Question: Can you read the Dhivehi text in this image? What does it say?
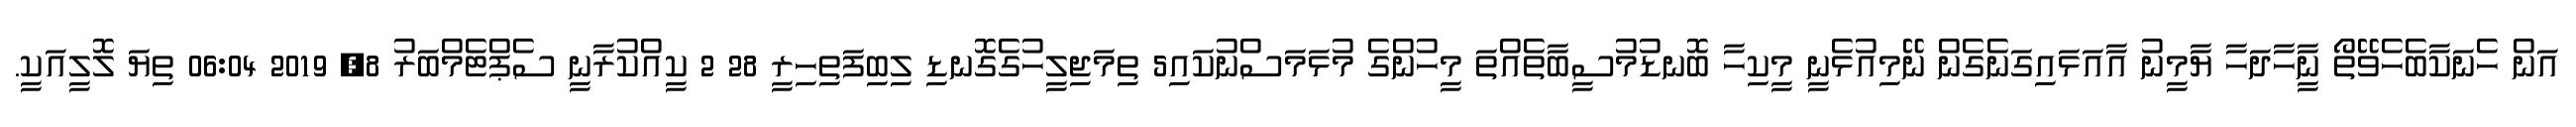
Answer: އަން ހެނަކާބެހެވޭތޯ ނީާހާދަހާ ޔާމީނު އާއަޅައިގަނެގެން ނޭމިއުޅެނީ މީކިހާ ބޮނޑުމުސީބާތެއްތަ މީހުންގެ މުޅަމަސްނުކައި5 ތިމަޖިލީހުގެގޮނޑި ލިބިފަތިހިރީ 28 2 ކީއްކުރާނީ ސެޕްޓެމްބަރު 8, 2019 06:04 ތިޔަ ލޮލީއަކީ.